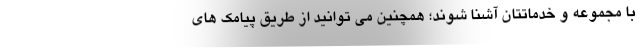
با مجموعه و خدماتتان آشنا شوند؛ همچنین می توانید از طریق پیامک های